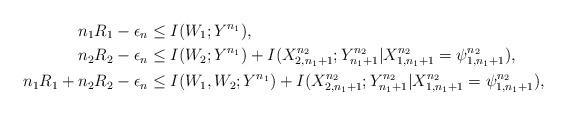
LaTeX: \begin{align*} n_1R_1-\epsilon_n &\leq I(W_1;Y^{n_1}),\\ n_2R_2-\epsilon_n &\leq I(W_2;Y^{n_1}) + I(X_{2,n_1+1}^{n_2};Y_{n_1+1}^{n_2}|X_{1,n_1+1}^{n_2} = \psi_{1,n_1+1}^{n_2} ), \\ n_1R_1+n_2R_2-\epsilon_n &\leq I(W_1,W_2;Y^{n_1}) + I(X_{2,n_1+1}^{n_2};Y_{n_1+1}^{n_2}|X_{1,n_1+1}^{n_2}= \psi_{1,n_1+1}^{n_2}),\end{align*}